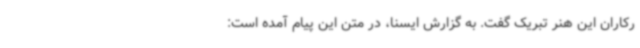
رکاران این هنر تبریک گفت. به گزارش ایسنا، در متن این پیام آمده است: